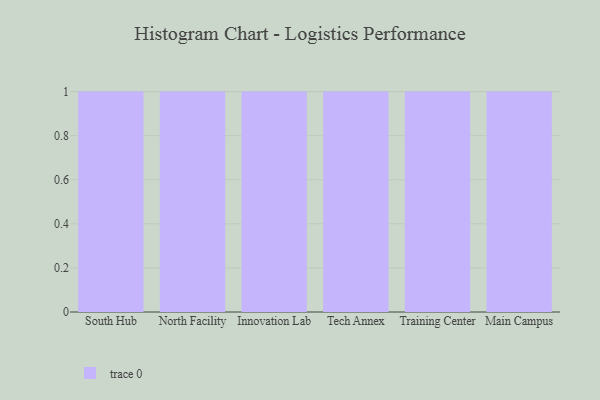
{"axis": {"x": "Campus", "y": "Inventory Turnover"}, "legend": [""], "data": [{"x": "South Hub", "y": 78, "type": ""}, {"x": "North Facility", "y": 5, "type": ""}, {"x": "Innovation Lab", "y": 74, "type": ""}, {"x": "Tech Annex", "y": 50, "type": ""}, {"x": "Training Center", "y": 41, "type": ""}, {"x": "Main Campus", "y": 29, "type": ""}]}